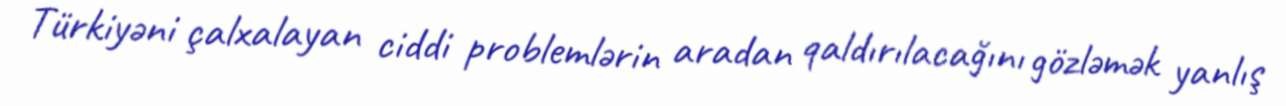
Türkiyəni çalxalayan ciddi problemlərin aradan qaldırılacağını gözləmək yanlış